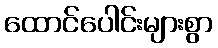
ထောင်ပေါင်းများစွာ